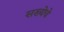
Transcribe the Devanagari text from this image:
सख्येचे